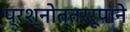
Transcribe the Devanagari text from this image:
प्रश्नोत्तररूपाने